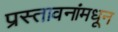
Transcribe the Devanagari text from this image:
प्रस्तावनांमधून